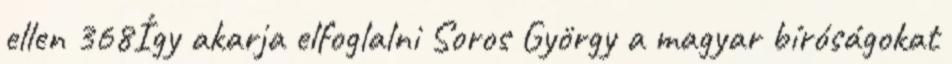
ellen 368Így akarja elfoglalni Soros György a magyar bíróságokat